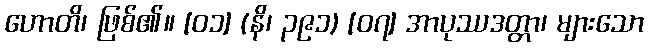
ဟောတိ၊ ဖြစ်၏။ [၀၁] (နိ၊ ၃၉၁) [၀၇] အာပုဿဒတ္တာ၊ များသော